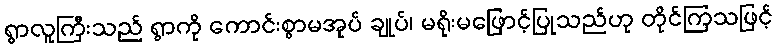
ရွာလူကြီးသည် ရွာကို ကောင်းစွာမအုပ် ချုပ်၊ မရိုးမဖြောင့်ပြုသည်ဟု တိုင်ကြသဖြင့်